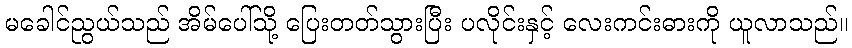
မခေါင်ညွယ်သည် အိမ်ပေါ်သို့ ပြေးတတ်သွားပြီး ပလိုင်းနှင့် လေးကင်းဓားကို ယူလာသည်။